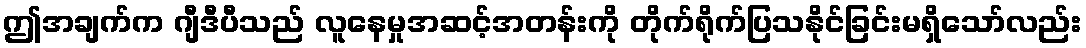
ဤအချက်က ဂျီဒီပီသည် လူနေမှုအဆင့်အတန်းကို တိုက်ရိုက်ပြသနိုင်ခြင်းမရှိသော်လည်း